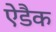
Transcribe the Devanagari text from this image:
ऐडैक